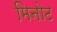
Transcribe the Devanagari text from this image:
मिनोट